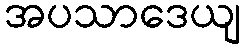
အပသာဒေယျ